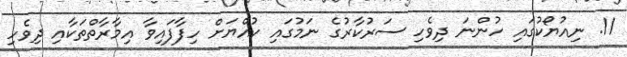
11. ނިއުޔޯކުގައި ހުންނަ ދިވެހި ސަރުކާރުގެ ނަމުގައި ކުއްޔަށް ހިފާފައިވާ އިމާރާތްތަކާއި ދިވެހި